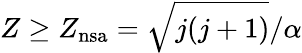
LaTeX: Z\ge Z_{\mathrm{nsa}}=\sqrt{j(j+1)}/\alpha